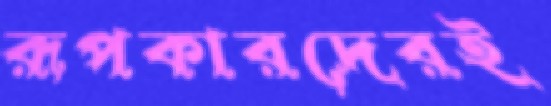
রূপকারদেরই